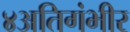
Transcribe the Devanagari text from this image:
४अतिगंभीर